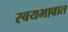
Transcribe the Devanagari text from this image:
स्वयभावात